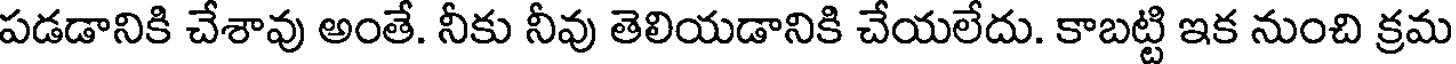
పడడానికి చేశావు అంతే. నీకు నీవు తెలియడానికి చేయలేదు. కాబట్టి ఇక నుంచి క్రమ